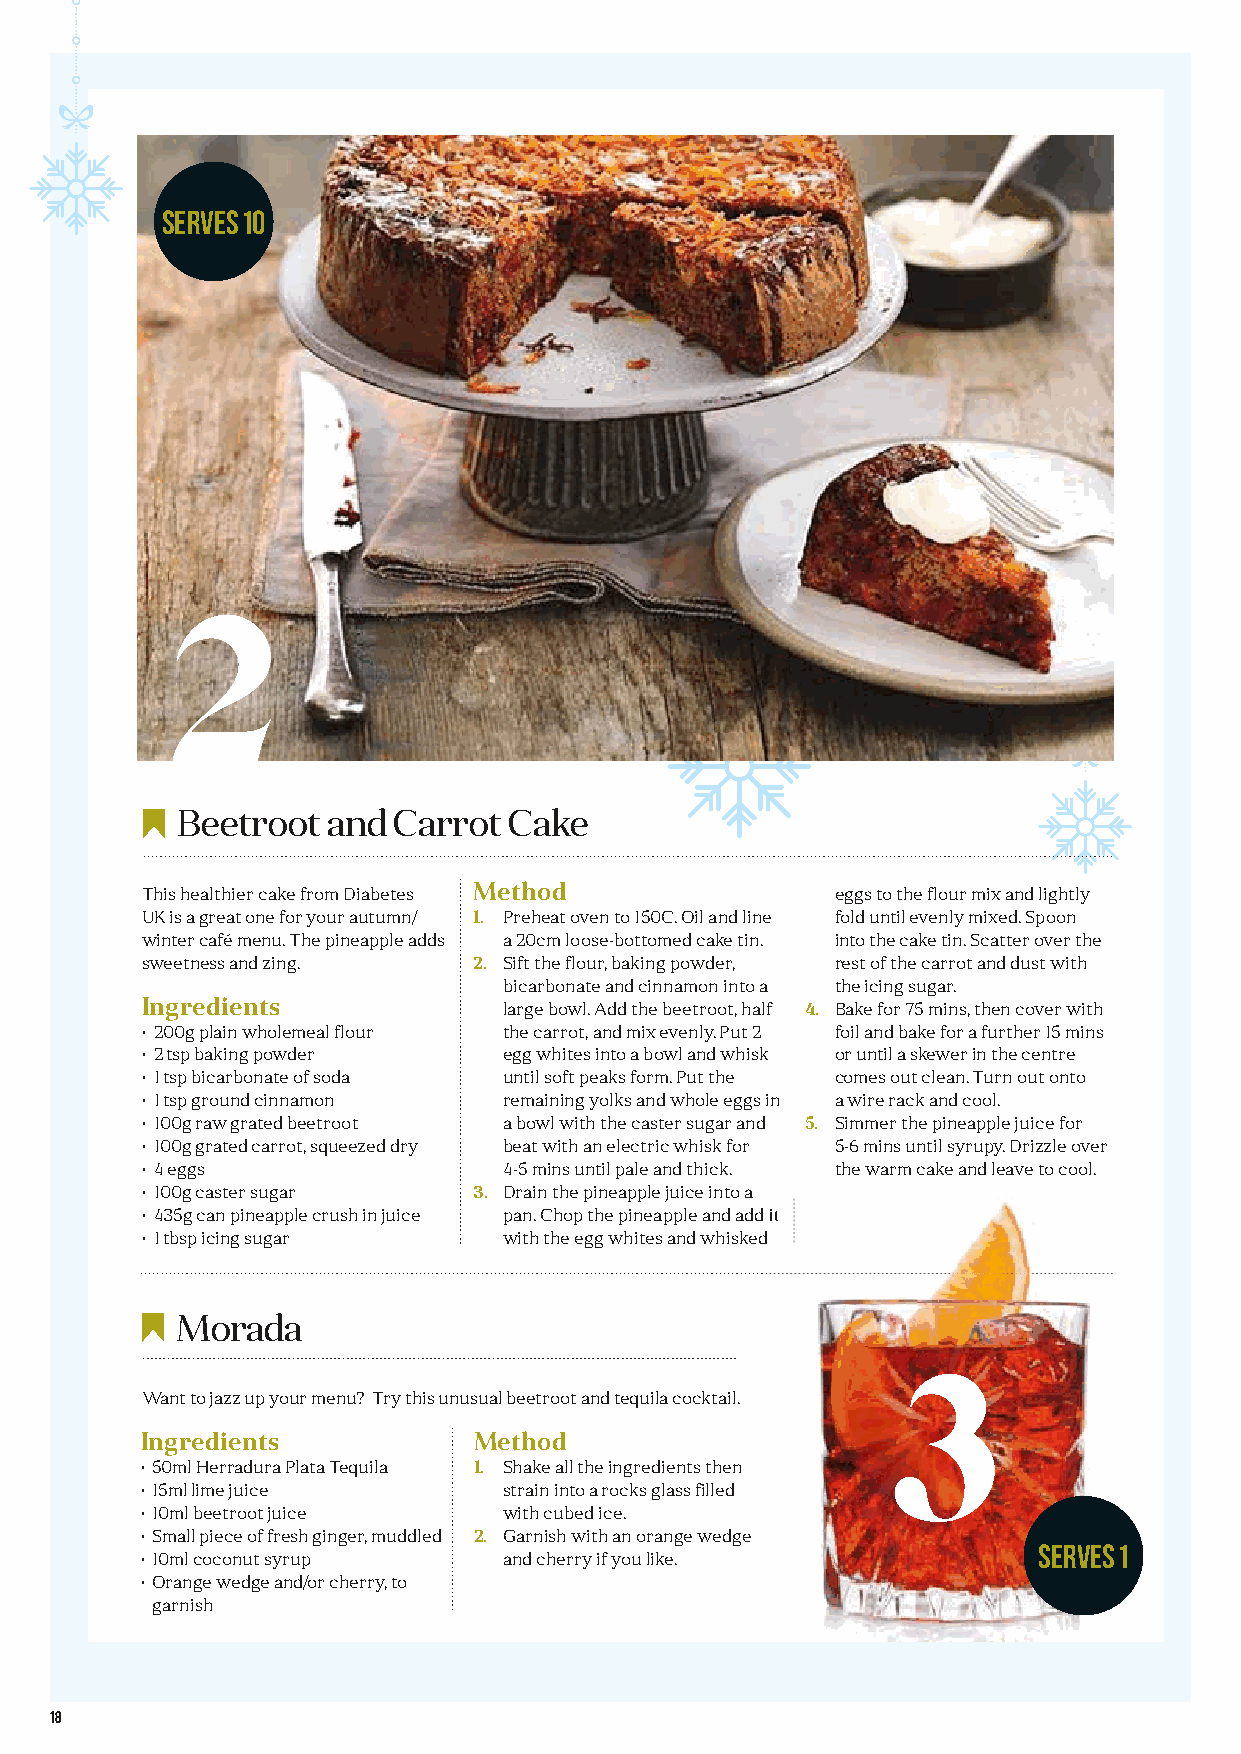
Serves 10
 2
 Beetroot  and Carrot  Cake
 This healthier cake from Diabetes Method     eggs to the flour mix and lightly
 UK is a great one for your autumn/ 1. Preheat oven to 150C. Oil and line fold until evenly mixed. Spoon
 winter café menu. The pineapple adds a 20cm loose-bottomed cake tin. into the cake tin. Scatter over the
 sweetness and zing.   2. Sift the flour, baking powder, rest of the carrot and dust with
 bicarbonate and cinnamon into a the icing sugar.
 Ingredients             large bowl. Add the beetroot, half 4. Bake for 75 mins, then cover with
 • 200g plain wholemeal flour the carrot, and mix evenly. Put 2 foil and bake for a further 15 mins
 • 2 tsp baking powder   egg whites into a bowl and whisk or until a skewer in the centre
 • 1 tsp bicarbonate of soda until soft peaks form. Put the comes out clean. Turn out onto
 • 1 tsp ground cinnamon remaining yolks and whole eggs in a wire rack and cool.
 • 100g raw grated beetroot a bowl with the caster sugar and 5. Simmer the pineapple juice for
 • 100g grated carrot, squeezed dry beat with an electric whisk for 5-6 mins until syrupy. Drizzle over
 • 4 eggs                4-5 mins until pale and thick. the warm cake and leave to cool.
 • 100g caster sugar   3. Drain the pineapple juice into a
 • 435g can pineapple crush in juice ppaann.. CChhoopp tthhee ppiinneeaappppllee aanndd aadddd iitt
 • 1 tbsp icing sugar    with the egg whites and whisked
 Morada
 3
 Want to jazz up your menu? Try this unusual beetroot and tequila cocktail.
 Ingredients           Method
 • 50ml Herradura Plata Tequila 1. Shake all the ingredients then
 • 15ml lime juice       strain into a rocks glass filled
 • 10ml beetroot juice   with cubed ice.
 • Small piece of fresh ginger, muddled 2. Garnish with an orange wedge
 SERVES 1
 • 10ml coconut syrup    and cherry if you like.
 • Orange wedge and/or cherry, to
 garnish
 18
 BB&&KK--iissssuuee--0088--pp1166--1199--SSeeaassoonnaall--IInnggrreeddiieenntt__vv66 SSUUBB..iinndddd 1188 1122//1100//22002211 1144::3311